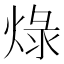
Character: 𤊒